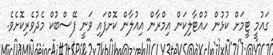
ގައުމީ ޓީމަށް ކުޅުން ހުއްޓާލިކަން އިމްރާން އިއުލާން ކޮށްފައި ވަނީ ފޭސްބުކް މެދުވެރިކޮށެވެ.